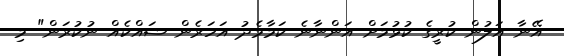
އޭނާ އަލުން ކުރީގެ ކުޅުމަށް އަންނާނެ ކަމާމެދު އަހަރެން ޝައްކެއް ނުކުރަން" މި